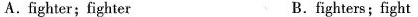
A.fighter;fighter B.fighters;fight